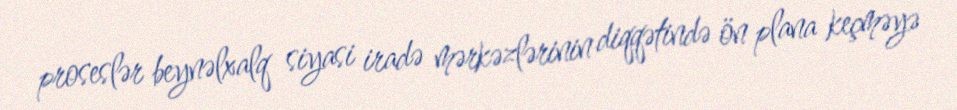
proseslər beynəlxalq siyasi iradə mərkəzlərinin diqqətində ön plana keçməyə